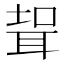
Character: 𱻹